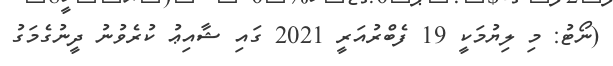
(ނޯޓު: މި ލިޔުމަކީ 19 ފެބްރުއަރީ 2021 ގައި ޝާއިޢު ކުރެވުނު ދީނުގެމަގު